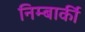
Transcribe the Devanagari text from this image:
निम्बार्की